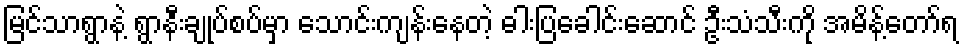
မြင်သာရွာနဲ့ ရွာနီးချုပ်စပ်မှာ သောင်းကျန်းနေတဲ့ ဓါးပြခေါင်းဆောင် ဦးသံသီးကို အမိန့်တော်ရ